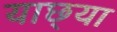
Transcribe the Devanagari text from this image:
याछ्या